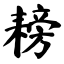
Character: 耪